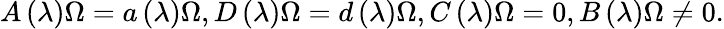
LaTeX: A\left(\lambda\right)\Omega=a\left(\lambda\right)\Omega,D\left(\lambda\right)\Omega=d\left(\lambda\right)\Omega,C\left(\lambda\right)\Omega=0,B\left(\lambda\right)\Omega\neq 0.